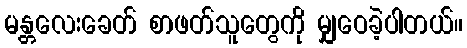
မန္တလေးခေတ် စာဖတ်သူတွေကို မျှဝေခဲ့ပါတယ်။